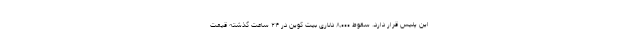
این پلیس قرار دارد. سقوط ۸,۰۰۰ دلاری بیت کوین در ۲۴ ساعت گذشته قیمت